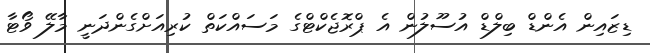
ޑިޒައިން އެންޑް ބިލްޑް އުސޫލުން އެ ޕްރޮޖެކްޓްގެ މަސައްކަތް ކުރިއަށްގެންދަނީ މާލޭ ވޯޓާ